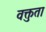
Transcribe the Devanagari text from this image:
वक्तुता